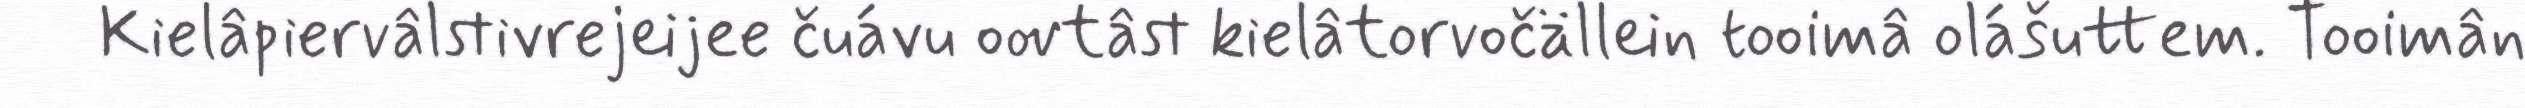
Kielâpiervâlstivrejeijee čuávu oovtâst kielâtorvočällein tooimâ olášuttem. Tooimân